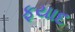
ફયાદ